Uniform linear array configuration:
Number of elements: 16
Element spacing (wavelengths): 0.5
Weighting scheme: binomial
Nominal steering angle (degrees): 45
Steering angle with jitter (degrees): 46.238
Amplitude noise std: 0.05
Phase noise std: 0.05

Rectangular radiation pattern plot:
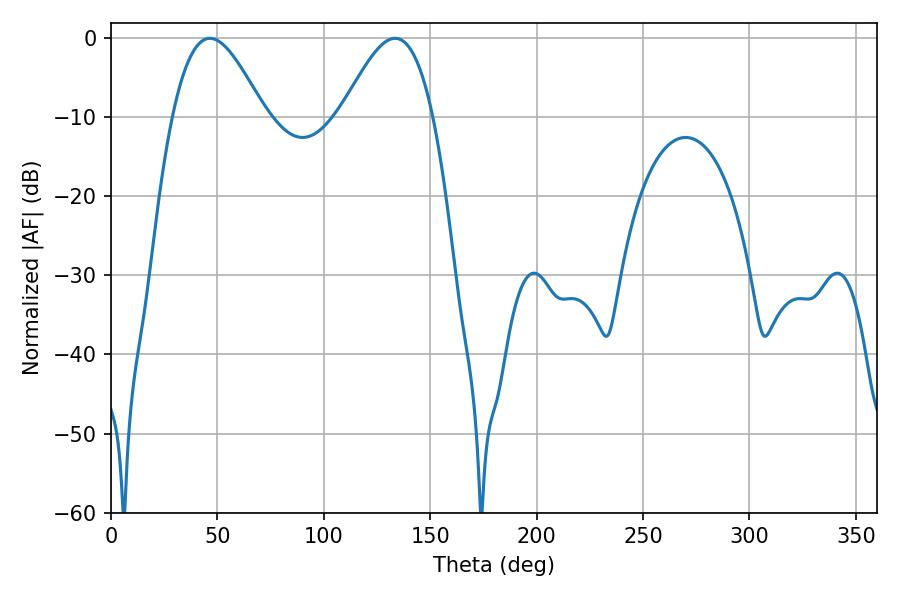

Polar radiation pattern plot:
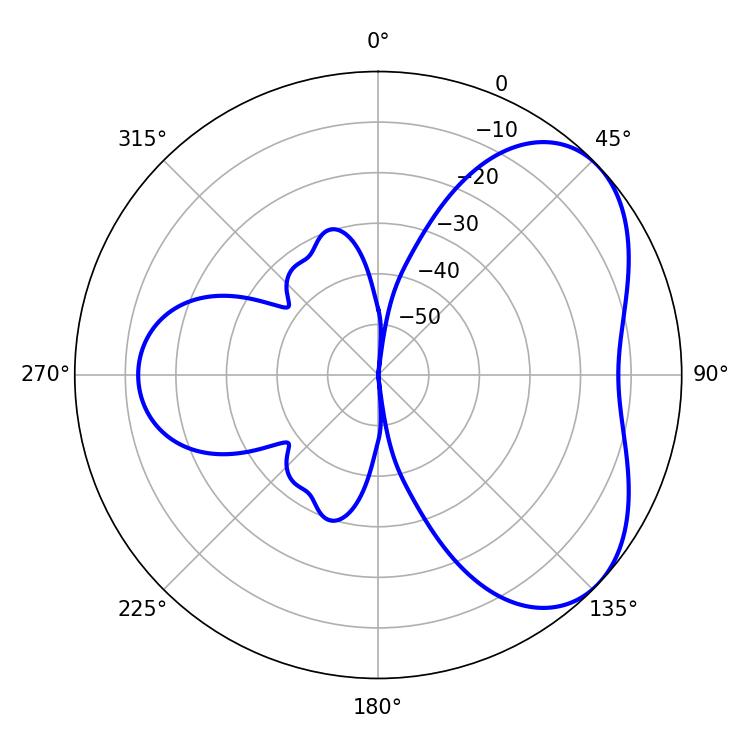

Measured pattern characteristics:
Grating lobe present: FALSE
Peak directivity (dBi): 4.818
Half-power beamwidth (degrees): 23.22
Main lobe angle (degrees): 46.44